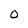
Character: O